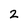
Character: 2